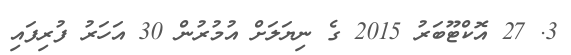
3. 27 އޮކްޓޫބަރު 2015 ގެ ނިޔަލަށް އުމުރުން 30 އަހަރު ފުރިފައި